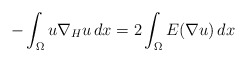
\begin{align*}-\int_\Omega u\nabla_H u\, dx = 2\int_\Omega E(\nabla u)\, dx\end{align*}